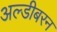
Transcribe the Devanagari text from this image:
अल्डीबरन